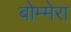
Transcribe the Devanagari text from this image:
बोम्मेरा